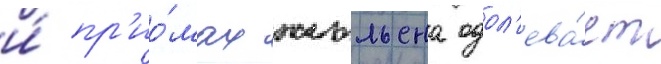
и́ пр'ио́мах жюльена одол'ева́ет